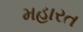
મહારત